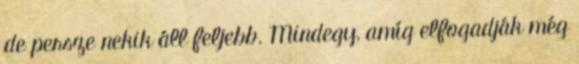
de persze nekik áll feljebb. Mindegy, amíg elfogadják még